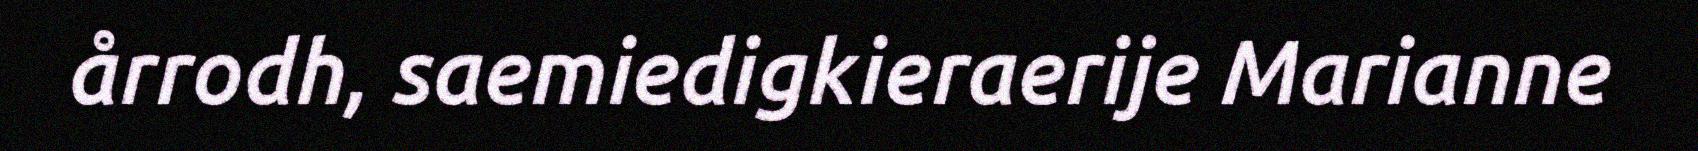
årrodh, saemiedigkieraerije Marianne